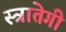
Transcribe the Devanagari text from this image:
स्त्रातेगी